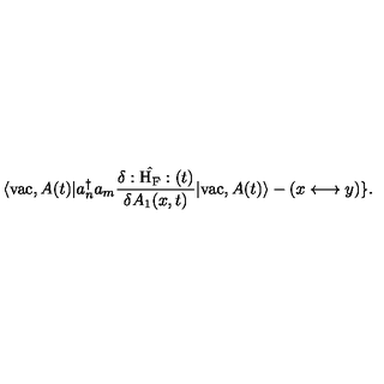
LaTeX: \langle \mathrm { v a c } , A ( t ) | a _ { n } ^ { \dagger } a _ { m } \frac { \delta : \hat { \mathrm { H } _ { \mathrm { F } } } : ( t ) } { \delta A _ { 1 } ( x , t ) } | \mathrm { v a c } , A ( t ) \rangle - ( x \longleftrightarrow y ) \} .